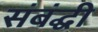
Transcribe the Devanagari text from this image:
संबंद्घी